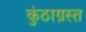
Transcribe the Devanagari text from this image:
कुंठाग्रस्त